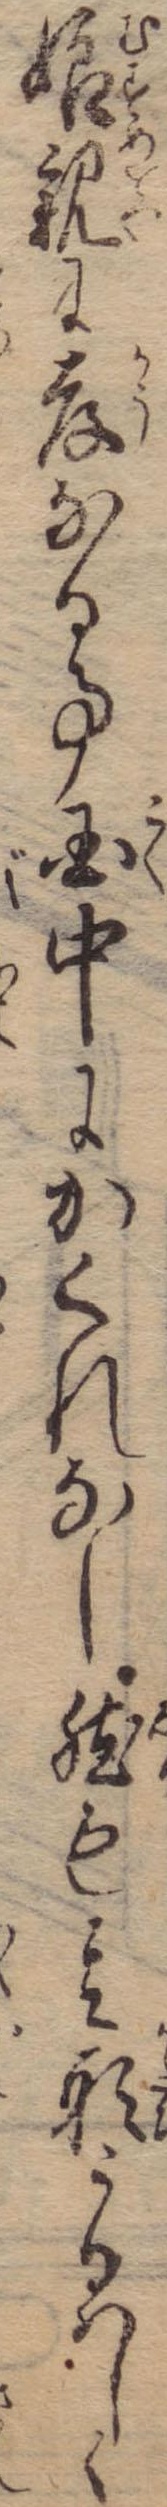
娘親に孝なる事国中にかくれなし然も其形うるはしく